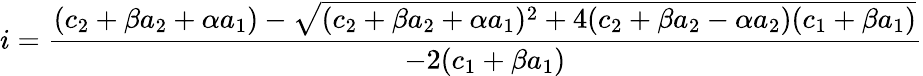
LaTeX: i=\frac{(c_{2}+\beta a_{2}+\alpha a_{1})-\sqrt{(c_{2}+\beta a_{2}+\alpha a_{1})^{2}+4(c_{2}+\beta a_{2}-\alpha a_{2})(c_{1}+\beta a_{1})}}{-2(c_{1}+\beta a_{1})}